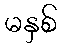
မနှစ်